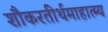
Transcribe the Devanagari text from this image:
शौकरतीर्थमाहात्म्य